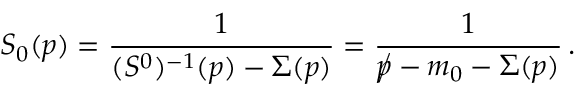
S _ { 0 } ( p ) = \frac { 1 } { ( S ^ { 0 } ) ^ { - 1 } ( p ) - \Sigma ( p ) } = \frac { 1 } { \rlap / p - m _ { 0 } - \Sigma ( p ) } \, .